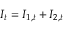
I _ { t } = I _ { 1 , t } + I _ { 2 , t }